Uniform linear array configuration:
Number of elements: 16
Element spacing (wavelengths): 1
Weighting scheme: blackman
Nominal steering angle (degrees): -45
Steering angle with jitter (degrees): -45.13
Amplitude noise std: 0.05
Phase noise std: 0.05

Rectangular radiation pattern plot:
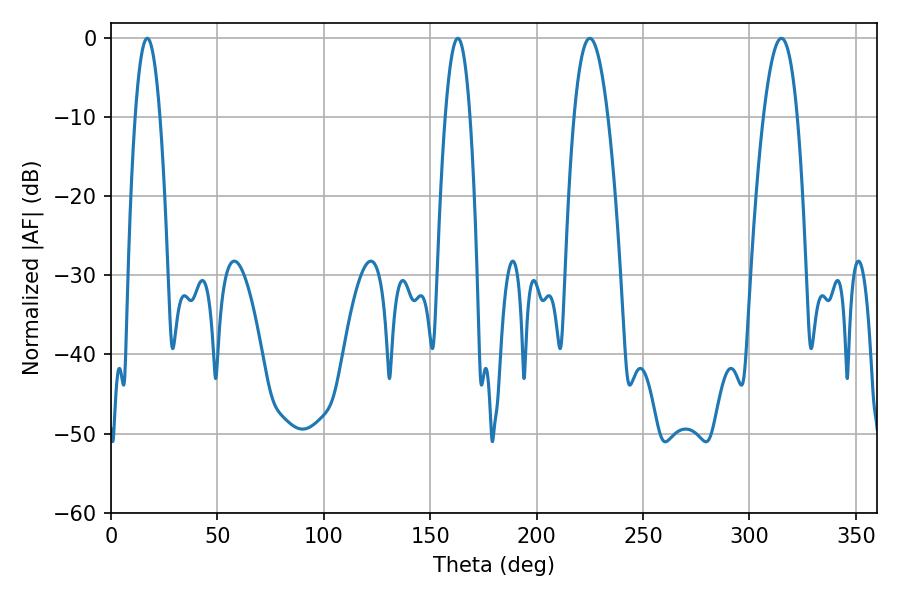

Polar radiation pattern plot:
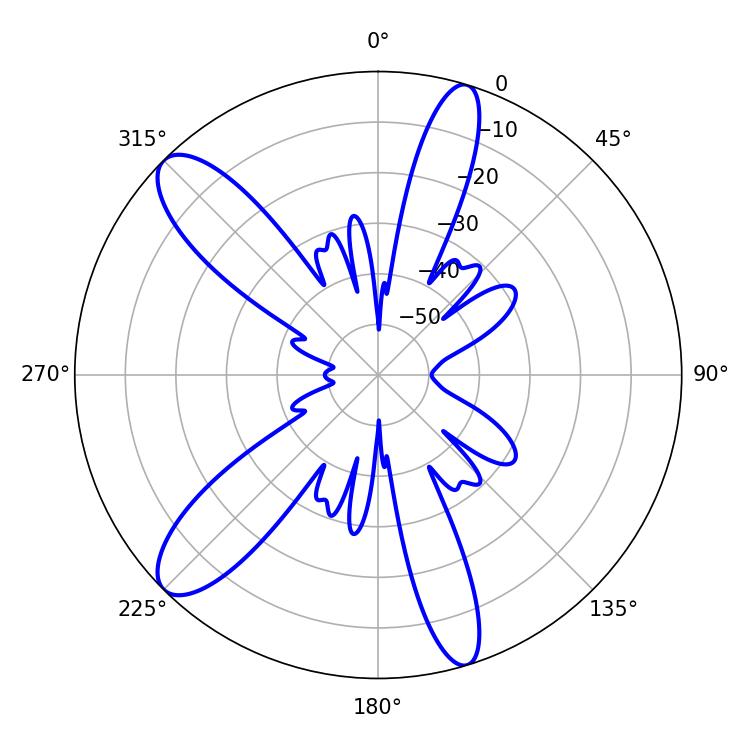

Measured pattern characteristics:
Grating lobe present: TRUE
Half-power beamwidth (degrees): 8.64
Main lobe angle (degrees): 225